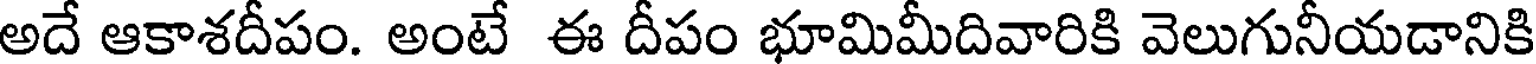
అదే ఆకాశదీపం. అంటే ఈ దీపం భూమిమీదివారికి వెలుగునీయడానికి